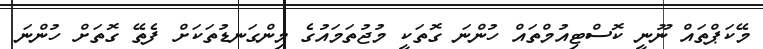
މޭކަޕްތައް ނޫނީ ކޮސްޓިއުމްތައް ހުންނަ ގޮތަކީ މުޖުތަމައުގެ މިންގަނޑުތަކަށް ފެތޭ ގޮތަށް ހުންނަ